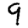
Digit: 9